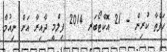
ހަފްތާ ކުރިން - 21 އޮކްޓޯބަރ 2014 ފިލްމީ ދާއިރާ އަށް ނިއުމާ